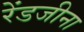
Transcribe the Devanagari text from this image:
रेंडजीना